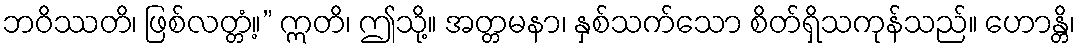
ဘဝိဿတိ၊ ဖြစ်လတ္တံ့။” ဣတိ၊ ဤသို့။ အတ္တမနာ၊ နှစ်သက်သော စိတ်ရှိသကုန်သည်။ ဟောန္တိ၊